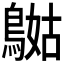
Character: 𪂯